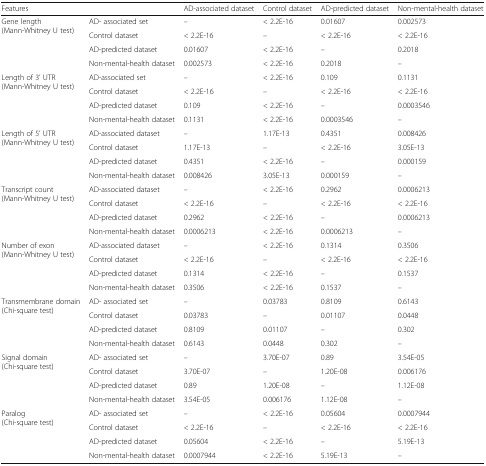
<table><thead><tr><td><b>Features</b></td><td></td><td><b>AD-associated dataset</b></td><td><b>Control dataset</b></td><td><b>AD-predicted dataset</b></td><td><b>Non-mental-health dataset</b></td></tr></thead><tbody><tr><td rowspan="4">Gene length(Mann-Whitney U test)</td><td>AD- associated set</td><td>–</td><td>&lt; 2.2E-16</td><td>0.01607</td><td>0.002573</td></tr><tr><td>Control dataset</td><td>&lt; 2.2E-16</td><td>–</td><td>&lt; 2.2E-16</td><td>&lt; 2.2E-16</td></tr><tr><td>AD-predicted dataset</td><td>0.01607</td><td>&lt; 2.2E-16</td><td>–</td><td>0.2018</td></tr><tr><td>Non-mental-health dataset</td><td>0.002573</td><td>&lt; 2.2E-16</td><td>0.2018</td><td>–</td></tr><tr><td rowspan="4">Length of 3’ UTR(Mann-Whitney U test)</td><td>AD-associated set</td><td>–</td><td>&lt; 2.2E-16</td><td>0.109</td><td>0.1131</td></tr><tr><td>Control dataset</td><td>&lt; 2.2E-16</td><td>–</td><td>&lt; 2.2E-16</td><td>&lt; 2.2E-16</td></tr><tr><td>AD-predicted dataset</td><td>0.109</td><td>&lt; 2.2E-16</td><td>–</td><td>0.0003546</td></tr><tr><td>Non-mental-health dataset</td><td>0.1131</td><td>&lt; 2.2E-16</td><td>0.0003546</td><td>–</td></tr><tr><td rowspan="4">Length of 5’ UTR(Mann-Whitney U test)</td><td>AD-associated dataset</td><td>–</td><td>1.17E-13</td><td>0.4351</td><td>0.008426</td></tr><tr><td>Control dataset</td><td>1.17E-13</td><td>–</td><td>&lt; 2.2E-16</td><td>3.05E-13</td></tr><tr><td>AD-predicted dataset</td><td>0.4351</td><td>&lt; 2.2E-16</td><td>–</td><td>0.000159</td></tr><tr><td>Non-mental-health dataset</td><td>0.008426</td><td>3.05E-13</td><td>0.000159</td><td>–</td></tr><tr><td rowspan="4">Transcript count(Mann-Whitney U test)</td><td>AD-associated dataset</td><td>–</td><td>&lt; 2.2E-16</td><td>0.2962</td><td>0.0006213</td></tr><tr><td>Control dataset</td><td>&lt; 2.2E-16</td><td>–</td><td>&lt; 2.2E-16</td><td>&lt; 2.2E-16</td></tr><tr><td>AD-predicted dataset</td><td>0.2962</td><td>&lt; 2.2E-16</td><td>–</td><td>0.0006213</td></tr><tr><td>Non-mental-health dataset</td><td>0.0006213</td><td>&lt; 2.2E-16</td><td>0.0006213</td><td>–</td></tr><tr><td rowspan="4">Number of exon(Mann-Whitney U test)</td><td>AD-associated dataset</td><td>–</td><td>&lt; 2.2E-16</td><td>0.1314</td><td>0.3506</td></tr><tr><td>Control dataset</td><td>&lt; 2.2E-16</td><td>–</td><td>&lt; 2.2E-16</td><td>&lt; 2.2E-16</td></tr><tr><td>AD-predicted dataset</td><td>0.1314</td><td>&lt; 2.2E-16</td><td>–</td><td>0.1537</td></tr><tr><td>Non-mental-health dataset</td><td>0.3506</td><td>&lt; 2.2E-16</td><td>0.1537</td><td>–</td></tr><tr><td rowspan="4">Transmembrane domain(Chi-square test)</td><td>AD- associated set</td><td>–</td><td>0.03783</td><td>0.8109</td><td>0.6143</td></tr><tr><td>Control dataset</td><td>0.03783</td><td>–</td><td>0.01107</td><td>0.0448</td></tr><tr><td>AD-predicted dataset</td><td>0.8109</td><td>0.01107</td><td>–</td><td>0.302</td></tr><tr><td>Non-mental-health dataset</td><td>0.6143</td><td>0.0448</td><td>0.302</td><td>–</td></tr><tr><td rowspan="4">Signal domain(Chi-square test)</td><td>AD- associated set</td><td>–</td><td>3.70E-07</td><td>0.89</td><td>3.54E-05</td></tr><tr><td>Control dataset</td><td>3.70E-07</td><td>–</td><td>1.20E-08</td><td>0.006176</td></tr><tr><td>AD-predicted dataset</td><td>0.89</td><td>1.20E-08</td><td>–</td><td>1.12E-08</td></tr><tr><td>Non-mental-health dataset</td><td>3.54E-05</td><td>0.006176</td><td>1.12E-08</td><td>–</td></tr><tr><td rowspan="4">Paralog(Chi-square test)</td><td>AD- associated set</td><td>–</td><td>&lt; 2.2E-16</td><td>0.05604</td><td>0.0007944</td></tr><tr><td>Control dataset</td><td>&lt; 2.2E-16</td><td>–</td><td>&lt; 2.2E-16</td><td>&lt; 2.2E-16</td></tr><tr><td>AD-predicted dataset</td><td>0.05604</td><td>&lt; 2.2E-16</td><td>–</td><td>5.19E-13</td></tr><tr><td>Non-mental-health dataset</td><td>0.0007944</td><td>&lt; 2.2E-16</td><td>5.19E-13</td><td>–</td></tr></tbody></table>